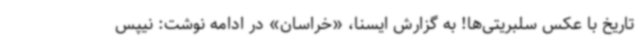
تاریخ با عکس سلبریتی‌ها! به گزارش ایسنا، «خراسان» در ادامه نوشت: نیپس